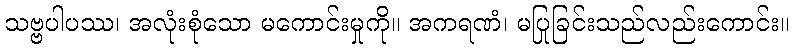
သဗ္ဗပါပဿ၊ အလုံးစုံသော မကောင်းမှုကို။ အကရဏံ၊ မပြုခြင်းသည်လည်းကောင်း။